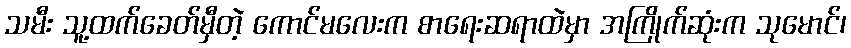
သမီး သူ့ထက်ခေတ်မှီတဲ့ ကောင်မလေးက စာရေးဆရာထဲမှာ အကြိုက်ဆုံးက သုမောင်၊